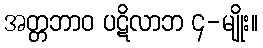
အတ္တဘာဝ ပဋိလာဘ ၄-မျိုး။